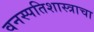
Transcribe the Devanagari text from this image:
वनस्पतिशास्त्राचा